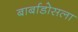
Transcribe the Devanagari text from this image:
बार्बाडोसला